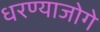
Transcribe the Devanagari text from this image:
धरण्याजोगे